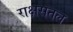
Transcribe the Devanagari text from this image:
राक्षसतल